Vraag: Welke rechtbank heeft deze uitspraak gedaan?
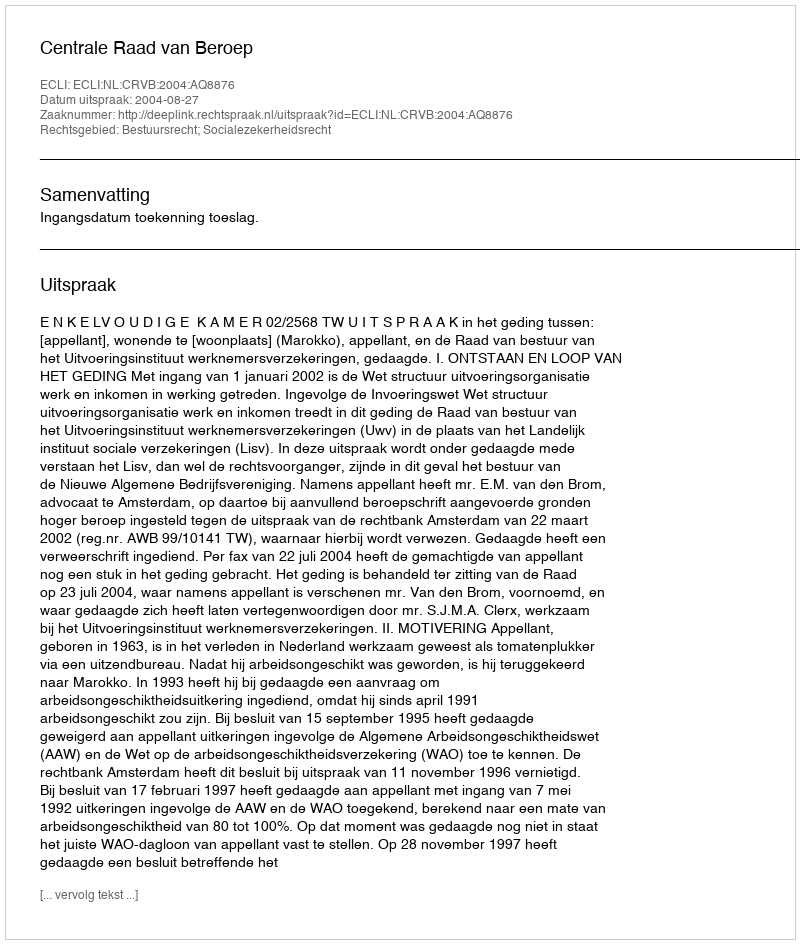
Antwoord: Centrale Raad van Beroep